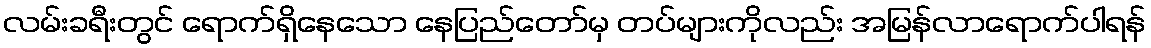
လမ်းခရီးတွင် ရောက်ရှိနေသော နေပြည်တော်မှ တပ်များကိုလည်း အမြန်လာရောက်ပါရန်